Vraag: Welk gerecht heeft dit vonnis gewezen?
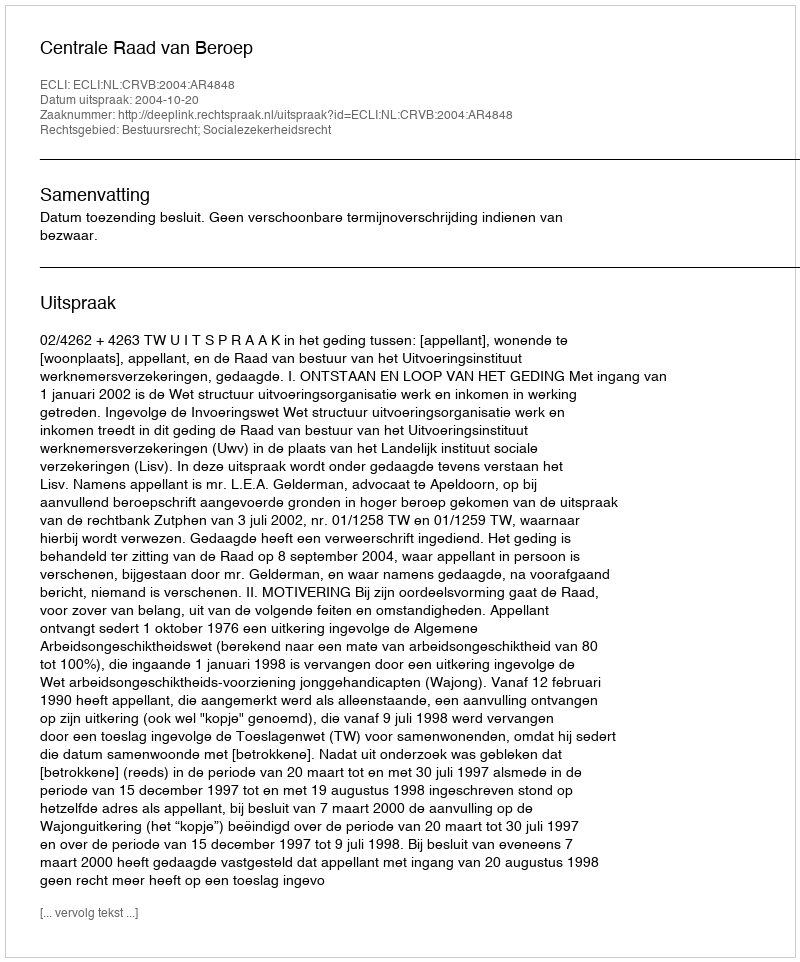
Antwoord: Centrale Raad van Beroep